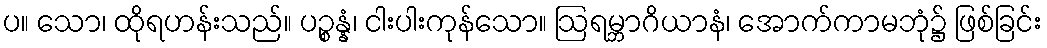
ပ။ သော၊ ထိုရဟန်းသည်။ ပဉ္စန္နံ၊ ငါးပါးကုန်သော။ ဩရမ္ဘာဂိယာနံ၊ အောက်ကာမဘုံ၌ ဖြစ်ခြင်း